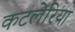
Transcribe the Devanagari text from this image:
कटलेरिया